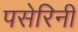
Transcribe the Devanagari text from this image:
पसेरिनी